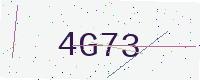
Text: 4G73